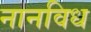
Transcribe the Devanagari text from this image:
नानविध